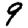
Digit: 9